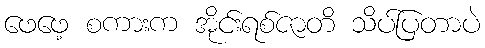
ဖေဖေ့ စကားက အိုင်းရစ်ဇာတိ သိပ်ပြတာပဲ